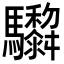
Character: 𩧞